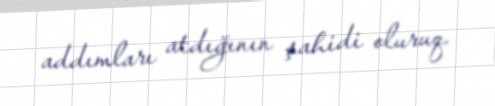
addımları atdığının şahidi oluruq.